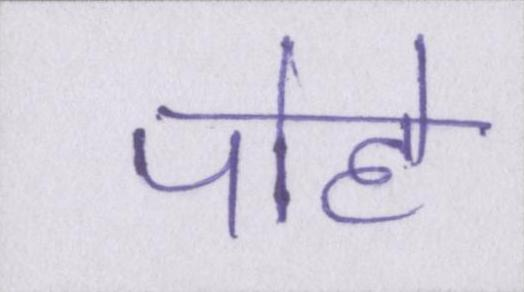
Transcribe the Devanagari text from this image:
पोहे